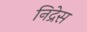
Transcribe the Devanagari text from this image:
निद्रेस